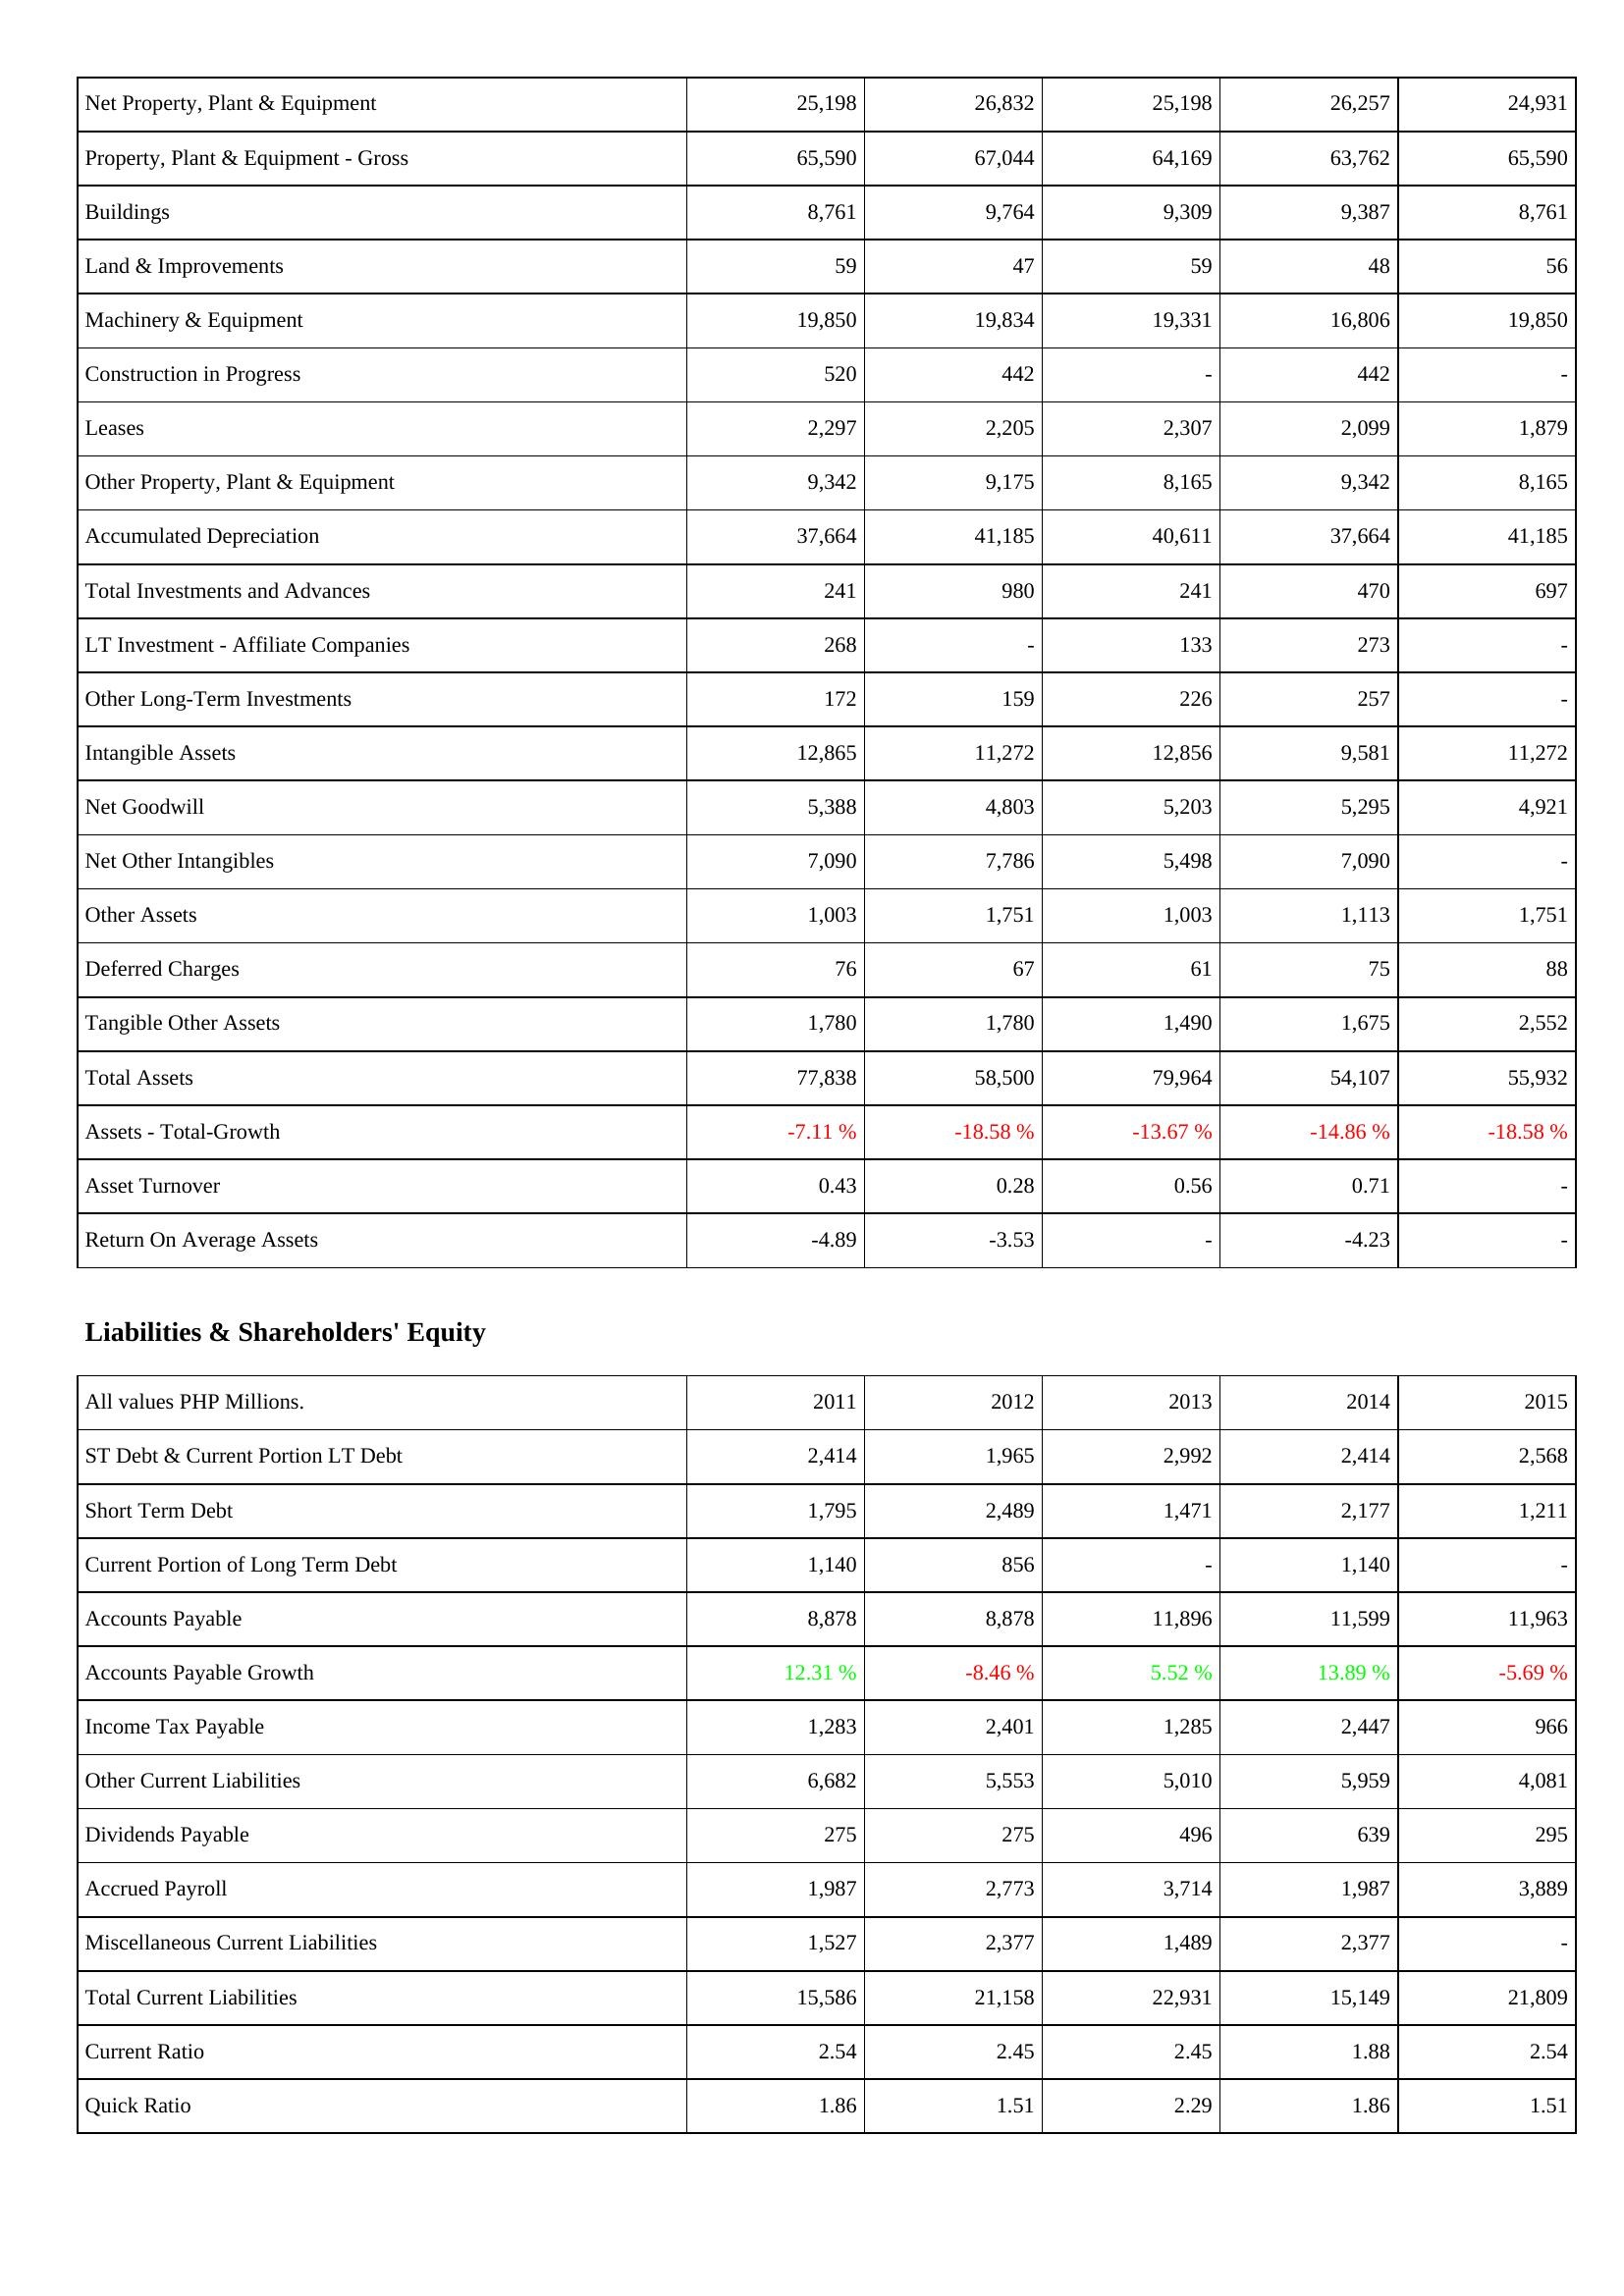
2011: Assets: Net Property, Plant & Equipment: 25,198
Property, Plant & Equipment - Gross: 65,590
Buildings: 8,761
Land & Improvements: 59
Machinery & Equipment: 19,850
Construction in Progress: 520
Leases: 2,297
Other Property, Plant & Equipment: 9,342
Accumulated Depreciation: 37,664
Total Investments and Advances: 241
LT Investment - Affiliate Companies: 268
Other Long-Term Investments: 172
Intangible Assets: 12,865
Net Goodwill: 5,388
Net Other Intangibles: 7,090
Other Assets: 1,003
Deferred Charges: 76
Tangible Other Assets: 1,780
Total Assets: 77,838
Assets - Total-Growth: -7.11 %
Asset Turnover: 0.43
Return On Average Assets: -4.89
Liabilities & Shareholders' Equity: ST Debt & Current Portion LT Debt: 2,414
Short Term Debt: 1,795
Current Portion of Long Term Debt: 1,140
Accounts Payable: 8,878
Accounts Payable Growth: 12.31 %
Income Tax Payable: 1,283
Other Current Liabilities: 6,682
Dividends Payable: 275
Accrued Payroll: 1,987
Miscellaneous Current Liabilities: 1,527
Total Current Liabilities: 15,586
Current Ratio: 2.54
Quick Ratio: 1.86
2012: Assets: Net Property, Plant & Equipment: 26,832
Property, Plant & Equipment - Gross: 67,044
Buildings: 9,764
Land & Improvements: 47
Machinery & Equipment: 19,834
Construction in Progress: 442
Leases: 2,205
Other Property, Plant & Equipment: 9,175
Accumulated Depreciation: 41,185
Total Investments and Advances: 980
LT Investment - Affiliate Companies: -
Other Long-Term Investments: 159
Intangible Assets: 11,272
Net Goodwill: 4,803
Net Other Intangibles: 7,786
Other Assets: 1,751
Deferred Charges: 67
Tangible Other Assets: 1,780
Total Assets: 58,500
Assets - Total-Growth: -18.58 %
Asset Turnover: 0.28
Return On Average Assets: -3.53
Liabilities & Shareholders' Equity: ST Debt & Current Portion LT Debt: 1,965
Short Term Debt: 2,489
Current Portion of Long Term Debt: 856
Accounts Payable: 8,878
Accounts Payable Growth: -8.46 %
Income Tax Payable: 2,401
Other Current Liabilities: 5,553
Dividends Payable: 275
Accrued Payroll: 2,773
Miscellaneous Current Liabilities: 2,377
Total Current Liabilities: 21,158
Current Ratio: 2.45
Quick Ratio: 1.51
2013: Assets: Net Property, Plant & Equipment: 25,198
Property, Plant & Equipment - Gross: 64,169
Buildings: 9,309
Land & Improvements: 59
Machinery & Equipment: 19,331
Construction in Progress: -
Leases: 2,307
Other Property, Plant & Equipment: 8,165
Accumulated Depreciation: 40,611
Total Investments and Advances: 241
LT Investment - Affiliate Companies: 133
Other Long-Term Investments: 226
Intangible Assets: 12,856
Net Goodwill: 5,203
Net Other Intangibles: 5,498
Other Assets: 1,003
Deferred Charges: 61
Tangible Other Assets: 1,490
Total Assets: 79,964
Assets - Total-Growth: -13.67 %
Asset Turnover: 0.56
Return On Average Assets: -
Liabilities & Shareholders' Equity: ST Debt & Current Portion LT Debt: 2,992
Short Term Debt: 1,471
Current Portion of Long Term Debt: -
Accounts Payable: 11,896
Accounts Payable Growth: 5.52 %
Income Tax Payable: 1,285
Other Current Liabilities: 5,010
Dividends Payable: 496
Accrued Payroll: 3,714
Miscellaneous Current Liabilities: 1,489
Total Current Liabilities: 22,931
Current Ratio: 2.45
Quick Ratio: 2.29
2014: Assets: Net Property, Plant & Equipment: 26,257
Property, Plant & Equipment - Gross: 63,762
Buildings: 9,387
Land & Improvements: 48
Machinery & Equipment: 16,806
Construction in Progress: 442
Leases: 2,099
Other Property, Plant & Equipment: 9,342
Accumulated Depreciation: 37,664
Total Investments and Advances: 470
LT Investment - Affiliate Companies: 273
Other Long-Term Investments: 257
Intangible Assets: 9,581
Net Goodwill: 5,295
Net Other Intangibles: 7,090
Other Assets: 1,113
Deferred Charges: 75
Tangible Other Assets: 1,675
Total Assets: 54,107
Assets - Total-Growth: -14.86 %
Asset Turnover: 0.71
Return On Average Assets: -4.23
Liabilities & Shareholders' Equity: ST Debt & Current Portion LT Debt: 2,414
Short Term Debt: 2,177
Current Portion of Long Term Debt: 1,140
Accounts Payable: 11,599
Accounts Payable Growth: 13.89 %
Income Tax Payable: 2,447
Other Current Liabilities: 5,959
Dividends Payable: 639
Accrued Payroll: 1,987
Miscellaneous Current Liabilities: 2,377
Total Current Liabilities: 15,149
Current Ratio: 1.88
Quick Ratio: 1.86
2015: Assets: Net Property, Plant & Equipment: 24,931
Property, Plant & Equipment - Gross: 65,590
Buildings: 8,761
Land & Improvements: 56
Machinery & Equipment: 19,850
Construction in Progress: -
Leases: 1,879
Other Property, Plant & Equipment: 8,165
Accumulated Depreciation: 41,185
Total Investments and Advances: 697
LT Investment - Affiliate Companies: -
Other Long-Term Investments: -
Intangible Assets: 11,272
Net Goodwill: 4,921
Net Other Intangibles: -
Other Assets: 1,751
Deferred Charges: 88
Tangible Other Assets: 2,552
Total Assets: 55,932
Assets - Total-Growth: -18.58 %
Asset Turnover: -
Return On Average Assets: -
Liabilities & Shareholders' Equity: ST Debt & Current Portion LT Debt: 2,568
Short Term Debt: 1,211
Current Portion of Long Term Debt: -
Accounts Payable: 11,963
Accounts Payable Growth: -5.69 %
Income Tax Payable: 966
Other Current Liabilities: 4,081
Dividends Payable: 295
Accrued Payroll: 3,889
Miscellaneous Current Liabilities: -
Total Current Liabilities: 21,809
Current Ratio: 2.54
Quick Ratio: 1.51